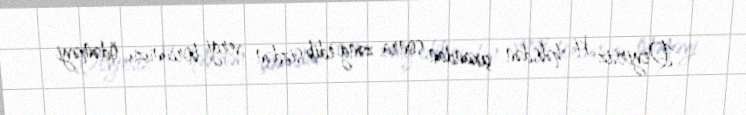
- Deyirsiz ki, həbsdən çıxandan sonra zəng edib sizdən vergi borcunuzu ödəməyi